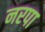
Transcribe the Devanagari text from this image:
नरपा